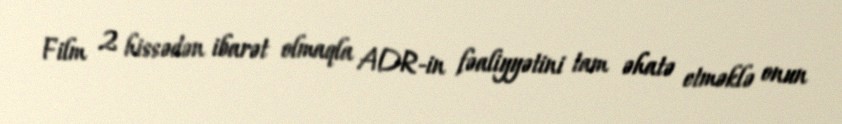
Film 2 hissədən ibarət olmaqla ADR-in fəaliyyətini tam əhatə etməklə onun